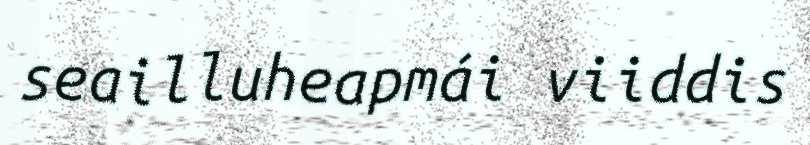
seailluheapmái viiddis